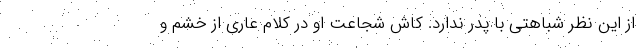
از این نظر شباهتی با پدر ندارد. کاش شجاعت او در کلام عاری از خشم و